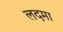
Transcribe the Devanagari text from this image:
लदमा